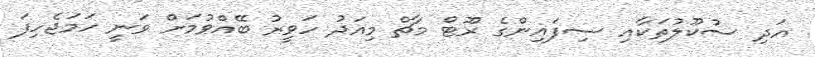
އަދި ސުކޫލުތަކާއި ސިފައިންގެ ރޫޓް މާޗް މިއަދު ހަވީރު ބޭއްވުމަށް ވަނީ ހަމަޖެހިފަ